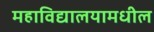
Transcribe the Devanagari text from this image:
महाविद्यालयामधील